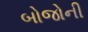
બોજોની